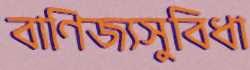
বাণিজ্যসুবিধা